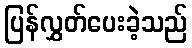
ပြန်လွှတ်ပေးခဲ့သည်